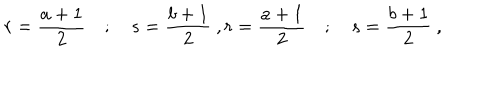
r = \frac { a + 1 } { 2 } \quad ; \quad s = \frac { b + 1 } { 2 } \ , r = \frac { a + 1 } { 2 } \quad ; \quad s = \frac { b + 1 } { 2 } \ ,